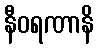
နီဝရဏာနိ